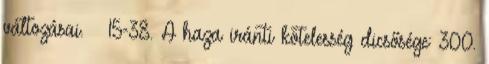
változásai. – 15-38. A haza iránti kötelesség dicsősége: 300.